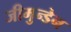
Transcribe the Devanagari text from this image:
जीमुन्डेन